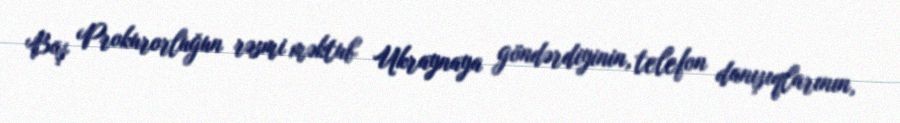
Baş Prokurorluğun rəsmi məktub Ukraynaya göndərdiyinin, telefon danışıqlarının,